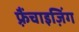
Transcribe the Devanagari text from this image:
फ़्रैंचाइज़िंग